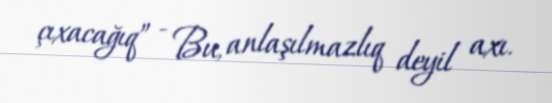
çıxacağıq” - Bu, anlaşılmazlıq deyil axı.